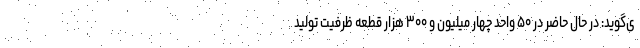
ی‌گوید: در حال حاضر در ۵۰ واحد چهار میلیون و ۳۰۰ هزار قطعه ظرفیت تولید